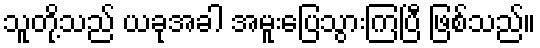
သူတို့သည် ယခုအခါ အမူးပြေသွားကြပြီ ဖြစ်သည်။